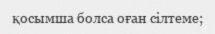
қосымша болса оған сілтеме;